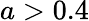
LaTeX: a>0.4